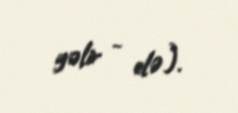
gəlir - elə).